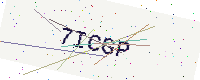
Text: 7ICGP